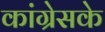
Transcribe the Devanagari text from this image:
कांग्रेसके